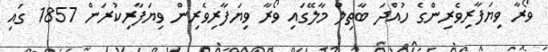
ވޯރާ ވިޔަފާރިވެރިންގެ ހުއްދަ ބާތިލް މާލޭގައި ވޯރާ ވިޔަފާރިވެރިން ވިޔަފާރިކުރަން 1857 ގައި